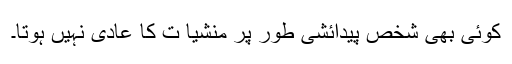
کوئی بھی شخص پیدائشی طور پر منشیا ت کا عادی نہیں ہوتا۔